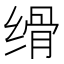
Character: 𦈔